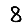
Digit: 8